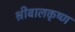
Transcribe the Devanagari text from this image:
श्रीबालकृष्ण